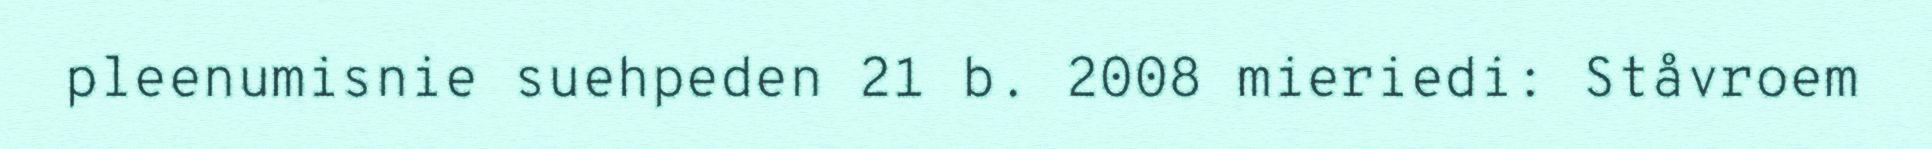
pleenumisnie suehpeden 21 b. 2008 mieriedi: Ståvroem